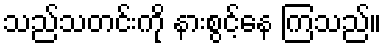
သည်သတင်းကို နားစွင့်နေ ကြသည်။